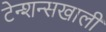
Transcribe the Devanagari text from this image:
टेन्शन्सखाली